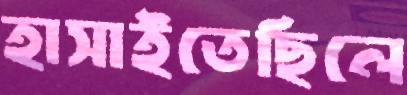
হাসাইতেছিলে